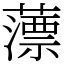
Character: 薸